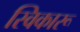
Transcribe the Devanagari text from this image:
स्विकारू